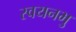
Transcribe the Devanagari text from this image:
स्वयनभु